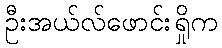
ဦးအယ်လ်ဖောင်းရှိုက